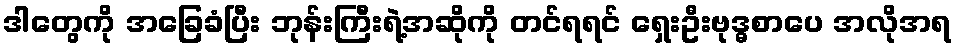
ဒါတွေကို အခြေခံပြီး ဘုန်းကြီးရဲ့အဆိုကို တင်ရရင် ရှေးဦးဗုဒ္ဓစာပေ အလိုအရ